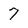
Character: 7